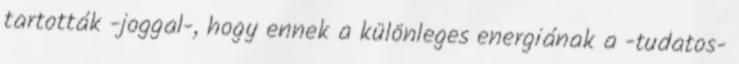
tartották -joggal-, hogy ennek a különleges energiának a -tudatos-